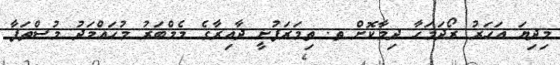
މިދިޔަ އަހަރު ރޯދަމަހާ ދިމާކޮށް ތ. ތިމަރަފުށީ ދާއިރާގެ މެމްބަރު މުހައްމަދު މުސްތަފާ